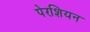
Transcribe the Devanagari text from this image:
पेरशियन